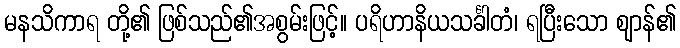
မနသိကာရ တို့၏ ဖြစ်သည်၏အစွမ်းဖြင့်။ ပရိဟာနိယသင်္ခါတံ၊ ရပြီးသော ဈာန်၏